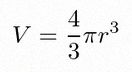
V=\frac43\pi r^3